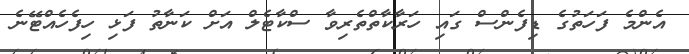
އެންމެ ފަހަތުގެ ޑިފެންސް ގައި ހަރާކާތްތެރިވާ ސްކާޓެލް އަށް ކަނާތު ފަޅި ހިފެހެއްޓޭނެ